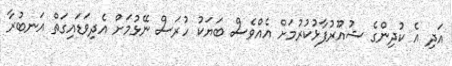
އަދި އެ ކުދިންގެ ޝުއޫރުފާޅުކުރުމަށް އެއްވެސް ބަޔަކު ހުރަސް ނޭޅުމަށް އެދިވަޑައިގަތް އަނބުރާ